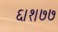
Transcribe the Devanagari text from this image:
६।१।७७